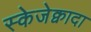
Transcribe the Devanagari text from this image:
स्केजेक्वादा